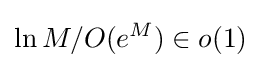
\ln M/O(e^{M})\in o(1)